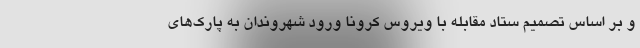
و بر اساس تصمیم ستاد مقابله با ویروس کرونا ورود شهروندان به پارک‌های